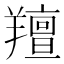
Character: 羶